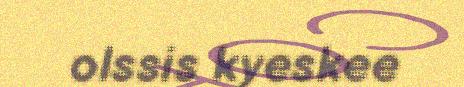
olssis kyeskee